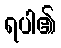
ရပါ၏